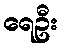
ရေဦး